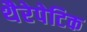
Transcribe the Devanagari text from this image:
थैरेपेटिक